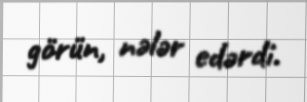
görün, nələr edərdi.